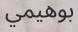
بوھيمي